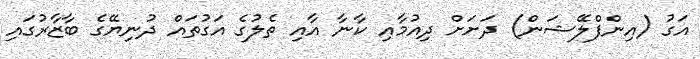
އަގު (އިންފްލޭޝަން) ދަށަށް ދިއުމާއި ކާނާ އާއި ތެލުގެ އަގުތައް ދުނިޔޭގެ ބާޒާރުގައި